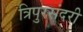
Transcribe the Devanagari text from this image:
त्रिपुरसंदरी